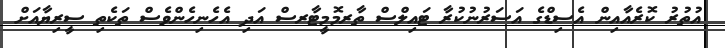
އުތުރު ކޮރެއާއިން އެސިޑްގެ އަސަރުނުކުރާ ޓައިލްސް ތާރމޮމީޓާރސް އަދި އެހެނިހެންވެސް ތަކެތި ސީރިޔާއަށް